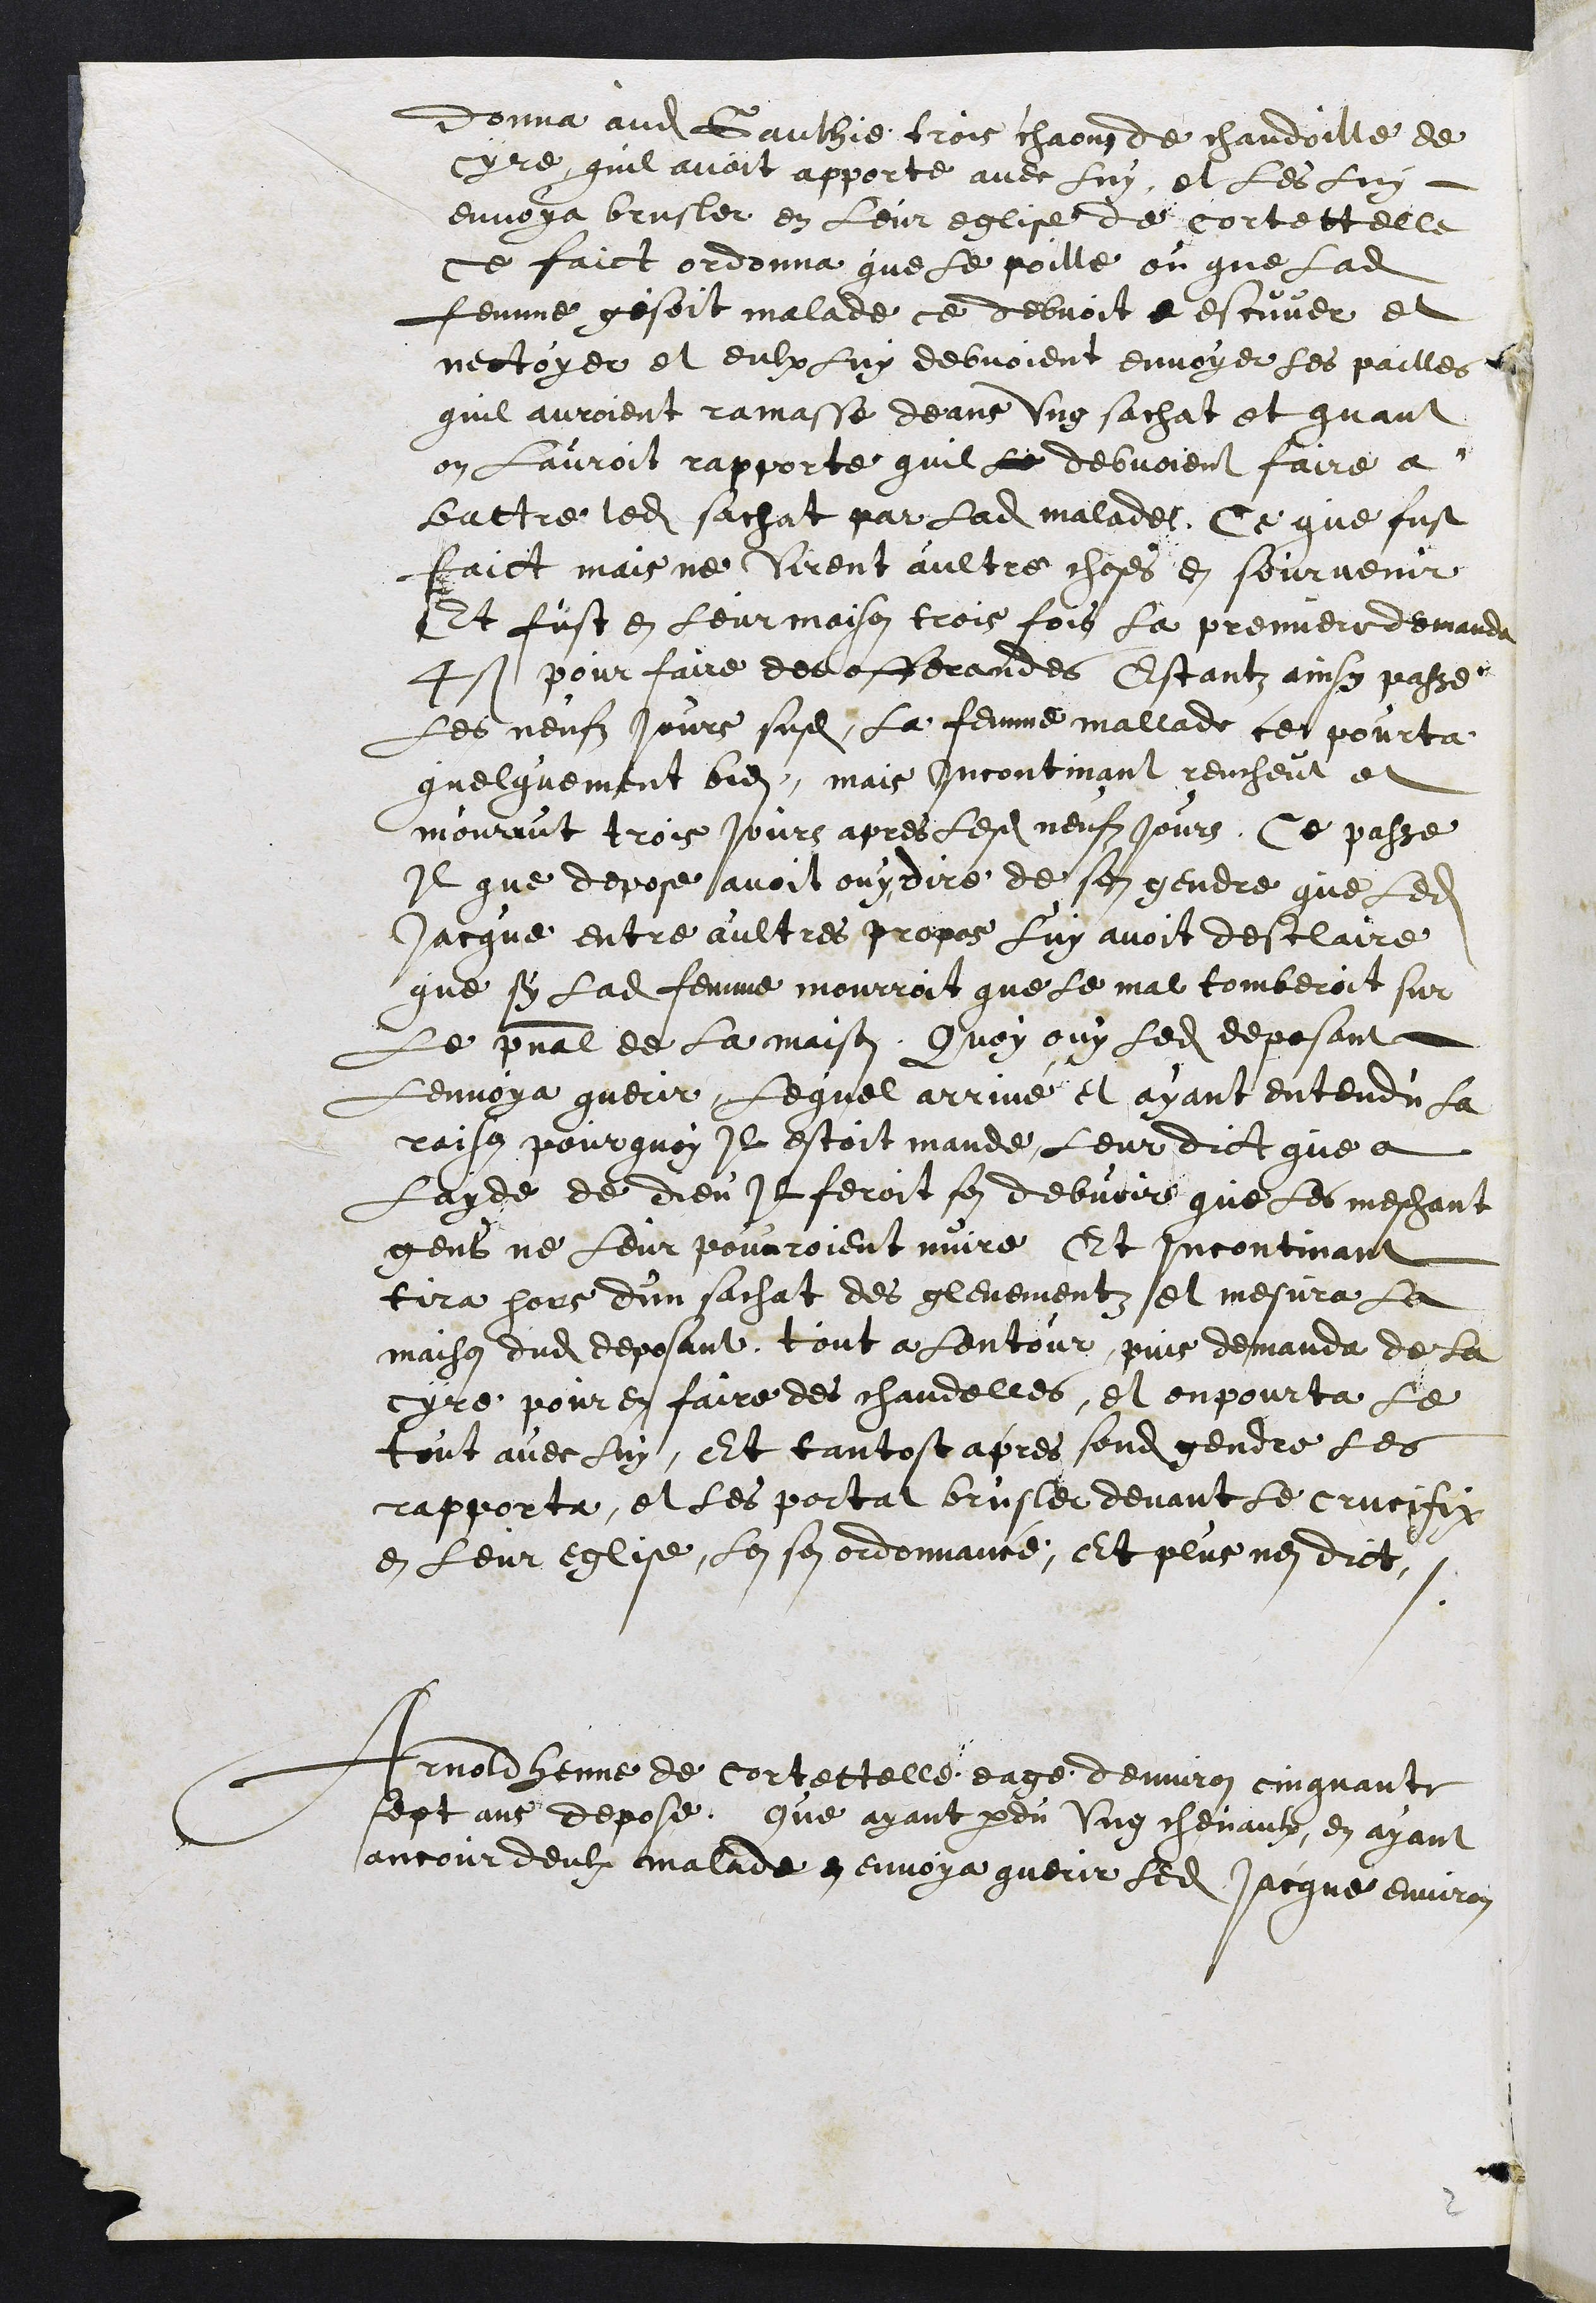
donna audit Gauthie trois chaons de chandoille de
cyre, quil avoit apporte avec luy, et les luy
envoya brusler en Leur eglise de cortettelle
ce faict ordonna que le poille ou que ladite
femme gisoit malade ce debvoit e escuver et
nectoyer et eulx luy debvoient envoyer les pailles
quil auroient ramasse deans ung sachat et quant
on lauroit rapporte quil le debvoient faire a
battre ledit sachat par ladite malade, Ce que fust
faict mais ne virent aultre choses en sourvenir
Et fust en leur maison trois fois la premiere demanda
4 s pour faire des offerandes Estantz ainsy passe
les neufz jours susdits, la femme mallade ce pourta
quelquement bien, mais incontinant reucheut et
mourut trois jours apres lesdits neufz jours, Ce passe
Il que depose avoit ouy dire de son gendre que ledit
Jacque entre aultres propos luy avoit desclaire
que sy ladite femme mourroit que le mal tomberoit sur
Le pnal de la maison, Quoy ouy ledit deposant
lenvoya querir lequel arrivé et ayant entendu la
raison pourquoy Il estoit mande, leur dict que a
layde de Dieu Il feroit son debvoir que les meschant
gens ne leur pourroient nuire Et incontinant
tira hors d'un sachat des glevementz et mesura la
maison dudit deposant tout a lentour, puis demanda de la
cyre pour en faire des chandelles, et enpourta le
tout avec luy, Et tantost apres sondit gendre les
rapporta, et les portat brusler devant le crucifix
en leur eglise, lon son ordonnance, Et plus nen dict.
Arnold Henne de Cortettelle eage denviron cinquante
sept ans depose, que ayant perdu ung chevaulx en ayant
ancour deulx malade en envoya querir ledit Jacque environ

2